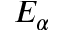
E _ { \alpha }